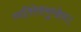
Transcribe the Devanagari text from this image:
व्यतिरेकमुखेन।